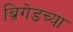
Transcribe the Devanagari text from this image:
ब्रिगेडच्या